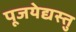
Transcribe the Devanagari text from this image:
पूजयेद्यस्तु